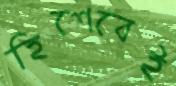
হিশেবেই